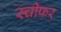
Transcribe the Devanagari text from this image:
स्चीफर